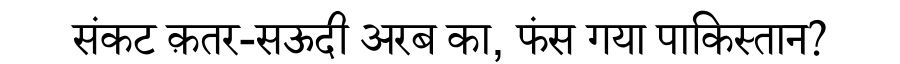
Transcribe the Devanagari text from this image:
संकट क़तर-सऊदी अरब का, फंस गया पाकिस्तान?